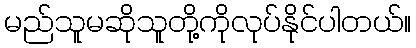
မည်သူမဆိုသူတို့ကိုလုပ်နိုင်ပါတယ်။